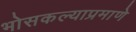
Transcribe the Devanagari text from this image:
भोसकल्याप्रमाणे